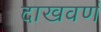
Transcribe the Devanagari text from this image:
दाखवणं